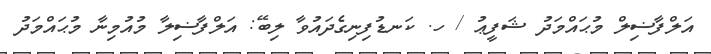
އަލްފާޟިލް މުޙައްމަދު ޝަފީޢު / ހ. ކަނޑުފިނިގެދައުވާ ލިބޭ: އަލްފާޟިލާ މުއުމިނާ މުޙައްމަދު